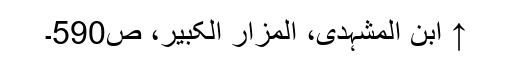
↑ ابن المشہدی، المزار الکبیر، ص590۔